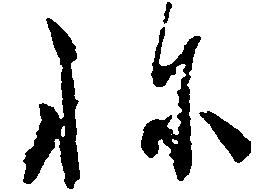
ね